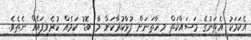
އެކަމަކު އެތަނުގެ މަސައްކަތް މިހާތަނަށް ފުޅާކުރާކަށް މާ ބޮޑު ކަމެއް ކުރެވިފައެެއް ނެތެވެ.